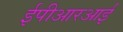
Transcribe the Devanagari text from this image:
ईपीआरआई